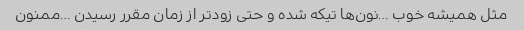
مثل همیشه خوب …نون‌ها تیکه شده و حتی زودتر از زمان مقرر رسیدن …ممنون